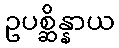
ဥပစ္ဆိန္နာယ